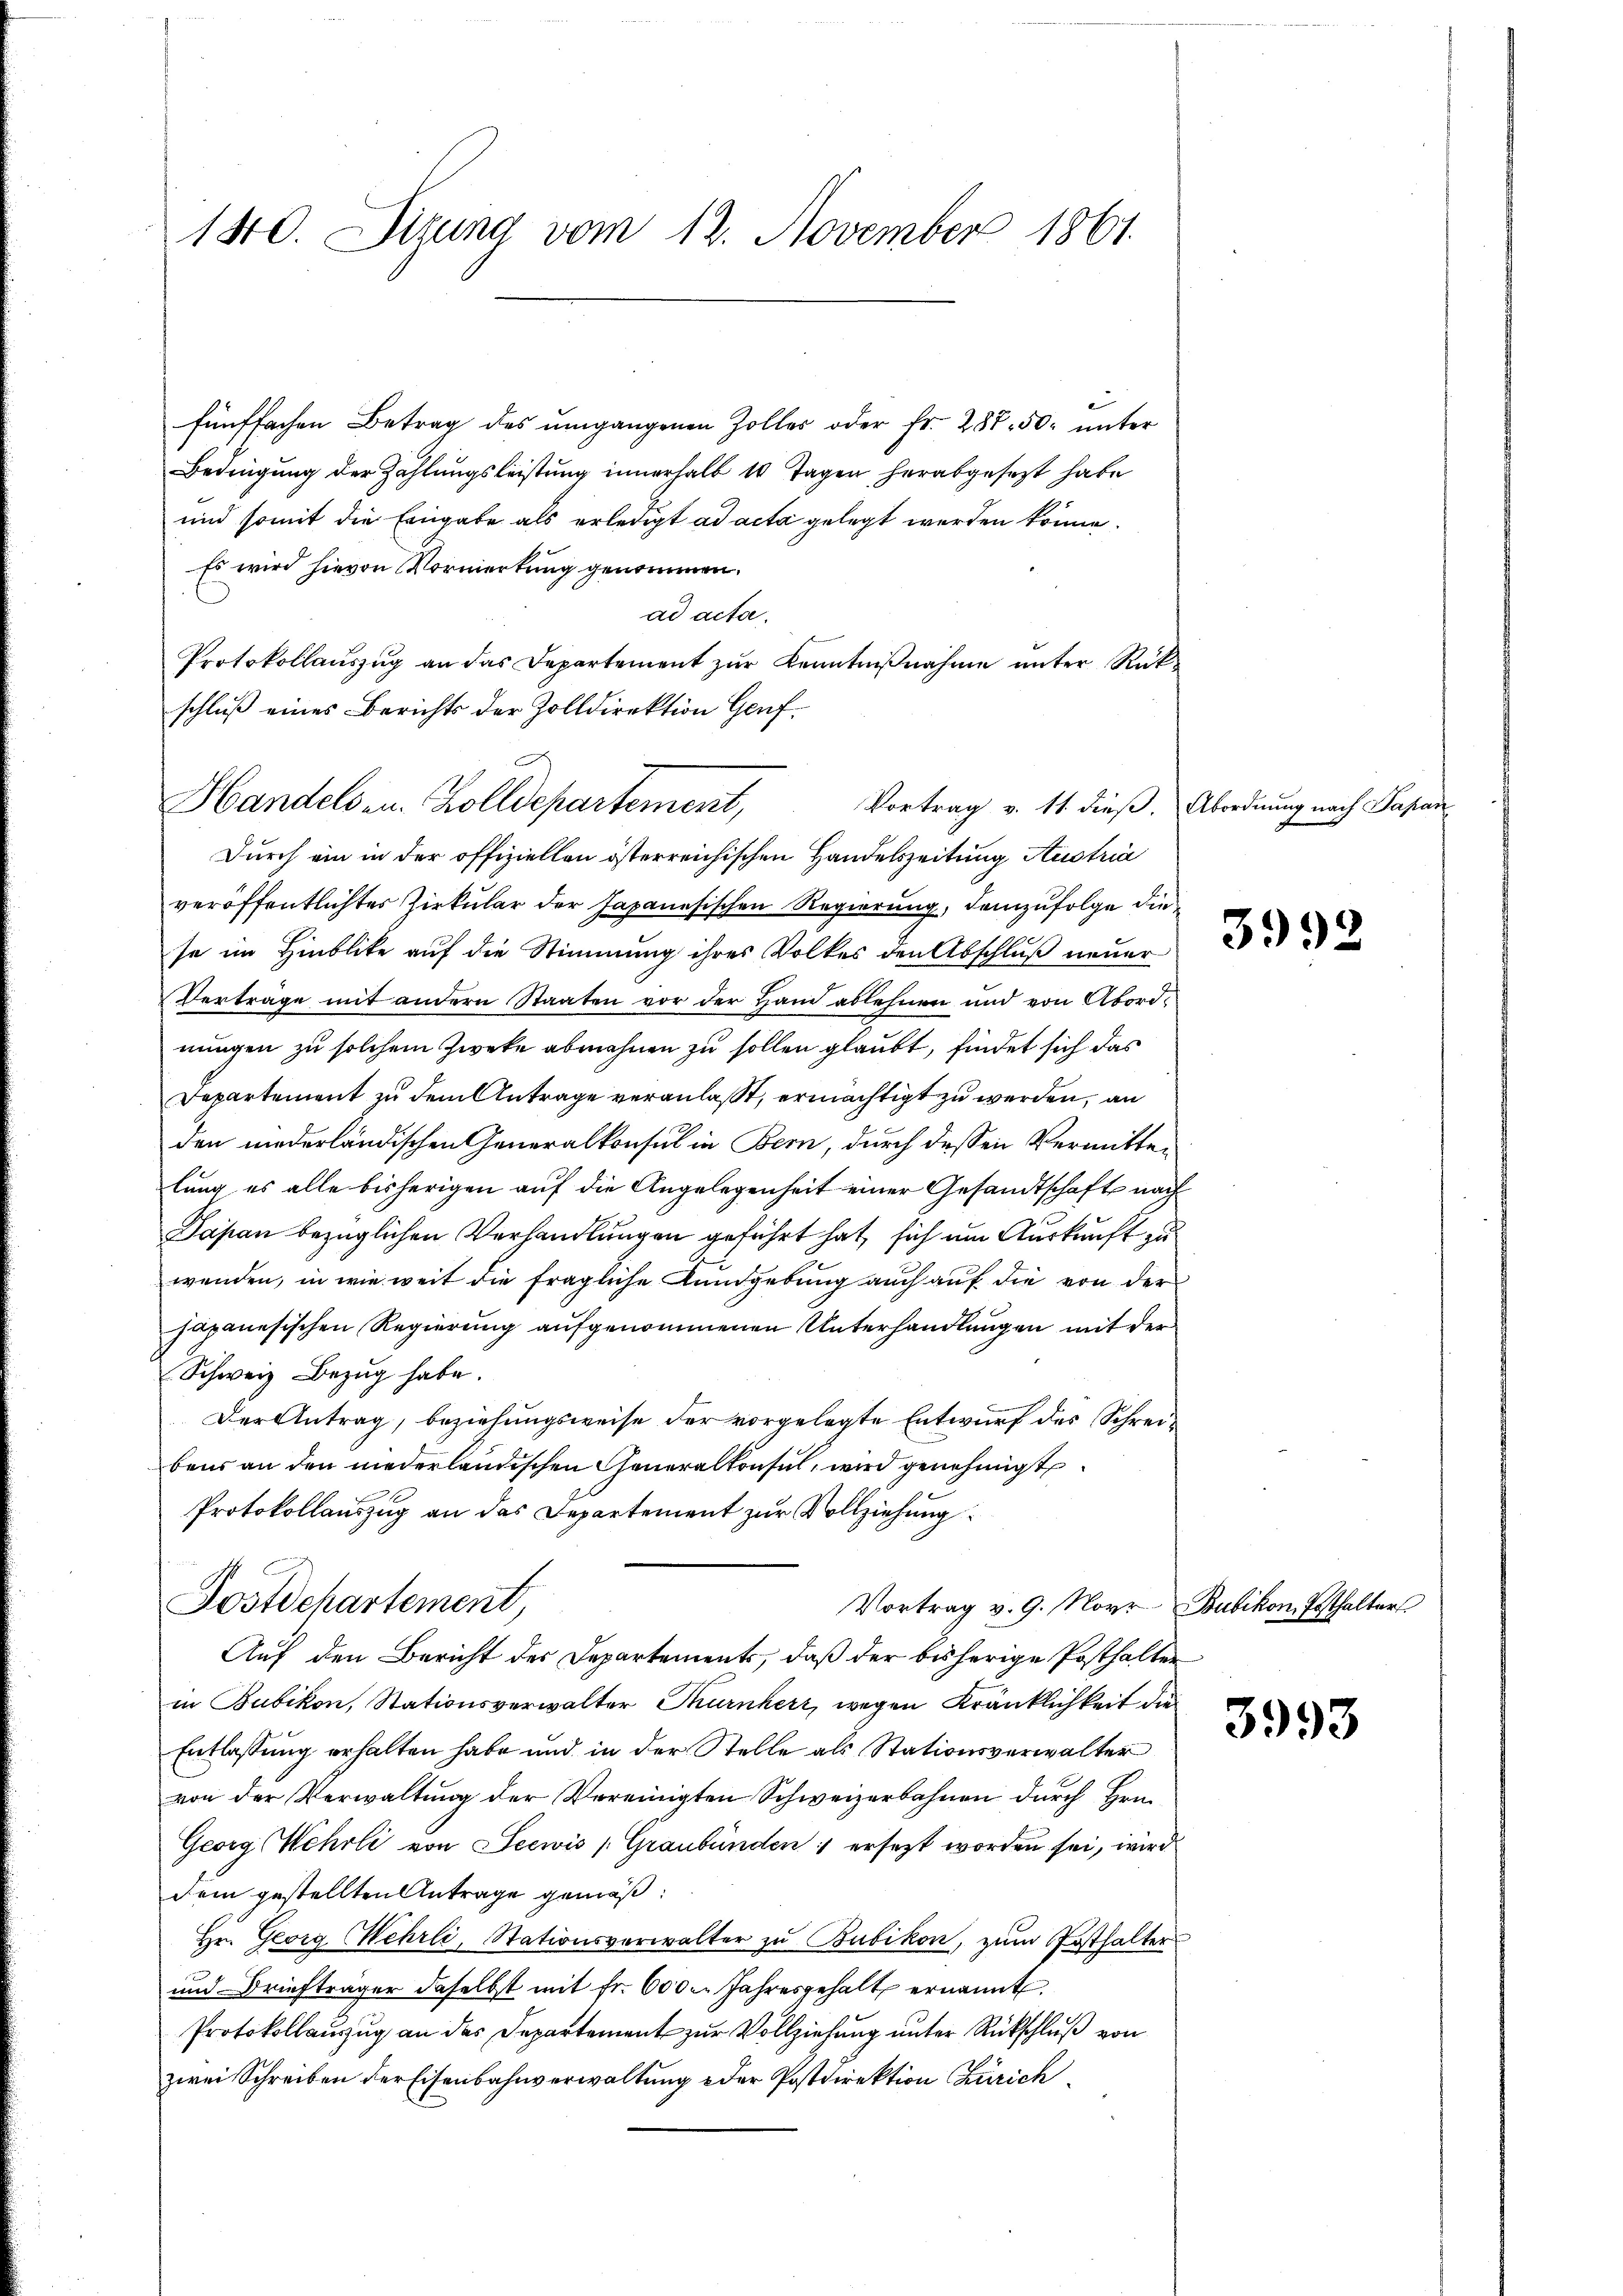
1810. Sizung vom 12. November 1861.

fünffachen Betrag des umgangenen Zolles oder Fr. 287. 50. unter
Bedingung der Zahlungsleistung innerhalb 10 Tagen herabgesezt habe
und somit die Eingabe als erledigt ad acta gelegt werden könne.
Es wird hievon Vormerkung genommen.
ad acta.
Protokollauszug an das Departement zur Kenntnißnahme unter Rückschluß eines Berichts der Zolldirektion Genf.
Durch ein in der offiziellen österreichischen Handelszeitung Austria
veröffentlichtes Zirkular der Japanesischen Regierung, demzufolge die
se im Hinblicke auf die Stimmung ihres Volkes den Abschluß neuer
Vertrage mit andern Staaten vor der Hand ablehnen und von Abordnungen zu solchem Zweke abmahnen zu sollen glaubt, findet sich das
Departement zu dem Antrage veranlaßt, ermächtigt zu werden, an
den niederländischen Generalkonsul in Bern, durch dessen Vermittelung es alle bisherigen auf die Angelegenheit einer Gesandtschaft nach
Papan bezüglichen Verhandlungen geführt hat, sich um Auskunft zu
wenden, in wie weit die fragliche Kundgebung auch auf die von der
japanesischen Regierung aufgenommenen Unterhandlungen mit der
Schweiz Bezug habe.
Der Antrag, beziehungsweise der vorgelegte Entwurf des Schreibeus an den niederländischen Generalkonsul, wird genehmigt
Protokollauszug an das Departement zur Vollziehung
Postdepartement,
Vortrag v. 9. Novr Bubikon, Pesthalter
Auf den Bericht des Departements, daß der bisherige Posthalten
in Bubikon, Stationsverwalter Thurnherr, wegen Kränklichkeit die
Entlassung erhalten habe und in der Stelle als Stationsverwalter
von der Verwaltung der Vereinigten Schweizerbahnen durch Hrn.
Georg Wehrli von Seewis (Graubünden: ersezt worden sei, wird
dem gestellten Antrage gemäß
Hr. Georg Wehrli, Stationsverwalter zu Bubikon, zum Posthalter
und Briefträger daselbst mit fr. 6000. Jahresgehalt ernannt.
Protokollauszug an das Departement zur Vollziehung unter Rückschluß von
zwei Schreiben der Eisenbahnverwaltung oder Postdirektion Zürich

Handels u. Zolldepartement,

Vortrag v. 11. dieß. Abordnung nach Papan

3992

3993